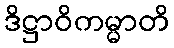
ဒိဋ္ဌာဝိကမ္မာတိ